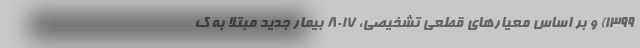
۱۳۹۹) و بر اساس معیار‌های قطعی تشخیصی، ۸۰۱۷ بیمار جدید مبتلا به ک